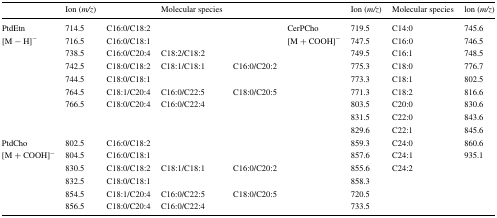
|  | Ion (m/z) |  | Molecular species |  |  | Ion (m/z) | Molecular species | lon (m/z) |
 | --- | --- | --- | --- | --- | --- | --- | --- | --- |
 | PtdEtn | 714.5 | C16:0/C18:2 |  |  | CerPCho | 719.5 | C14:0 | 745.6 |
 | [M − H]− | 716.5 | C16:0/C18:1 |  |  | [M + COOH]− | 747.5 | C16:0 | 746.5 |
 |  | 738.5 | C16:0/C20:4 | C18:2/C18:2 |  |  | 749.5 | C16:1 | 748.5 |
 |  | 742.5 | C18:0/C18:2 | C18:1/C18:1 | C16:0/C20:2 |  | 775.3 | C18:0 | 776.7 |
 |  | 744.5 | C18:0/C18:1 |  |  |  | 773.3 | C18:1 | 802.5 |
 |  | 764.5 | C18:1/C20:4 | C16:0/C22:5 | C18:0/C20:5 |  | 771.3 | C18:2 | 816.6 |
 |  | 766.5 | C18:0/C20:4 | C16:0/C22:4 |  |  | 803.5 | C20:0 | 830.6 |
 |  |  |  |  |  |  | 831.5 | C22:0 | 843.6 |
 |  |  |  |  |  |  | 829.6 | C22:1 | 845.6 |
 | PtdCho | 802.5 | C16:0/C18:2 |  |  |  | 859.3 | C24:0 | 860.6 |
 | [M + COOH]− | 804.5 | C16:0/C18:1 |  |  |  | 857.6 | C24:1 | 935.1 |
 |  | 830.5 | C18:0/C18:2 | C18:1/C18:1 | C16:0/C20:2 |  | 855.6 | C24:2 |  |
 |  | 832.5 | C18:0/C18:1 |  |  |  | 858.3 |  |  |
 |  | 854.5 | C18:1/C20:4 | C16:0/C22:5 | C18:0/C20:5 |  | 720.5 |  |  |
 |  | 856.5 | C18:0/C20:4 | C16:0/C22:4 |  |  | 733.5 |  |  |